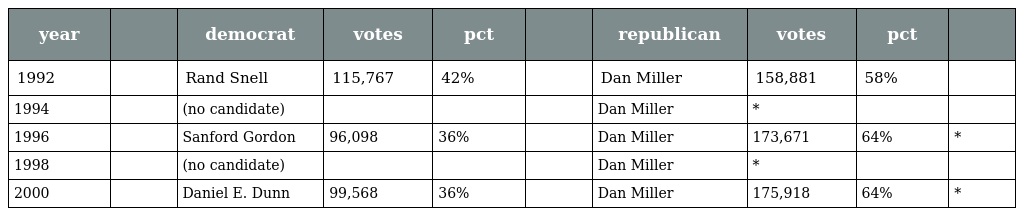
| year |  | democrat | votes | pct |  | republican | votes | pct |  |
 | --- | --- | --- | --- | --- | --- | --- | --- | --- | --- |
 | 1992 |  | Rand Snell | 115,767 | 42% |  | Dan Miller | 158,881 | 58% |  |
 | 1994 |  | (no candidate) |  |  |  | Dan Miller | * |  |  |
 | 1996 |  | Sanford Gordon | 96,098 | 36% |  | Dan Miller | 173,671 | 64% | * |
 | 1998 |  | (no candidate) |  |  |  | Dan Miller | * |  |  |
 | 2000 |  | Daniel E. Dunn | 99,568 | 36% |  | Dan Miller | 175,918 | 64% | * |